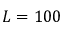
L = 1 0 0